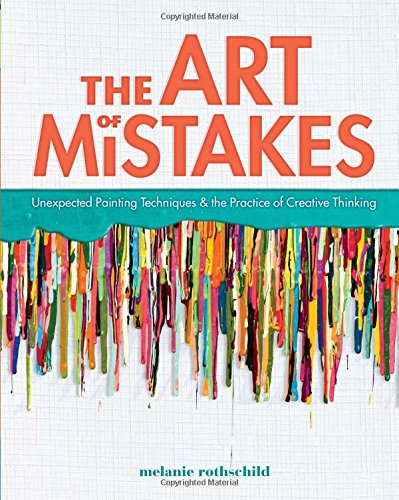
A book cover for The Art of Mistakes: Unexpected Painting Techniques and the Practice of Creative Thinking; Melanie Rothschild; Crafts, Hobbies & Home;